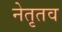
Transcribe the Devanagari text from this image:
नेतृतव